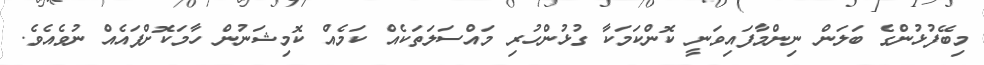
މިބޭފުޅުންގެ ބަލަން ނިންމާފައިވަނީ ކޮންކަމަކާ ގުޅުންހުރި މައްސަލަތަކެއް ކަމެއް ކޮމިޝަނުން ހާމަކޮށްފައެއް ނުވެއެވެ.